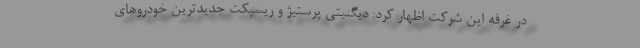
در غرفه این شرکت اظهار کرد: دیگنیتی پرستیژ و ریسپکت جدیدترین خودروهای